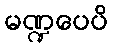
မဏ္ဍပေပိ